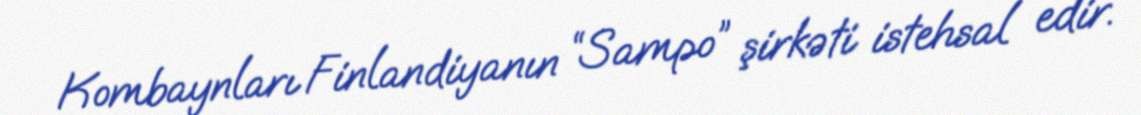
Kombaynları Finlandiyanın “Sampo” şirkəti istehsal edir.